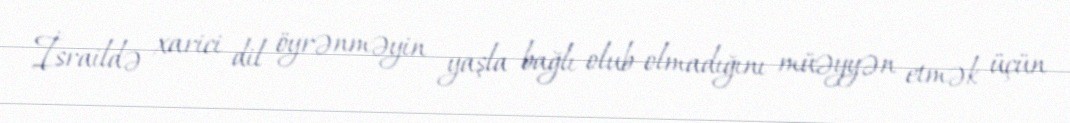
İsraildə xarici dil öyrənməyin yaşla bağlı olub-olmadığını müəyyən etmək üçün